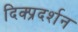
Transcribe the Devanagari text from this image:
दिक्प्रदर्शन